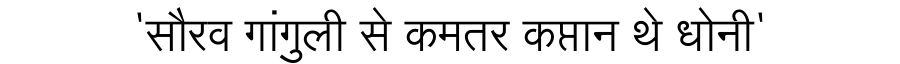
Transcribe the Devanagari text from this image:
'सौरव गांगुली से कमतर कप्तान थे धोनी'